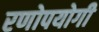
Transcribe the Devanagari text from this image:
रणोपयोगी